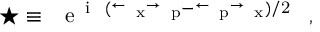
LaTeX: \star \equiv ~ \mathrm { { \Large ~ e ^ { ~ i ~ \hbar ( \stackrel { \leftarrow ~ } { \partial ~ } _ { x } \stackrel { \rightarrow ~ } { \partial ~ } _ { p } - \stackrel { \leftarrow ~ } { \partial ~ } _ { p } \stackrel { \rightarrow ~ } { \partial ~ } _ { x } ) / 2 } ~ } } ~ ,